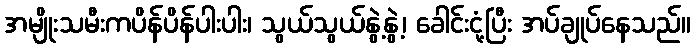
အမျိုးသမီးကပိန်ပိန်ပါးပါး၊ သွယ်သွယ်နွဲ့နွဲ့၊ ခေါင်းငုံ့ပြီး အပ်ချုပ်နေသည်။